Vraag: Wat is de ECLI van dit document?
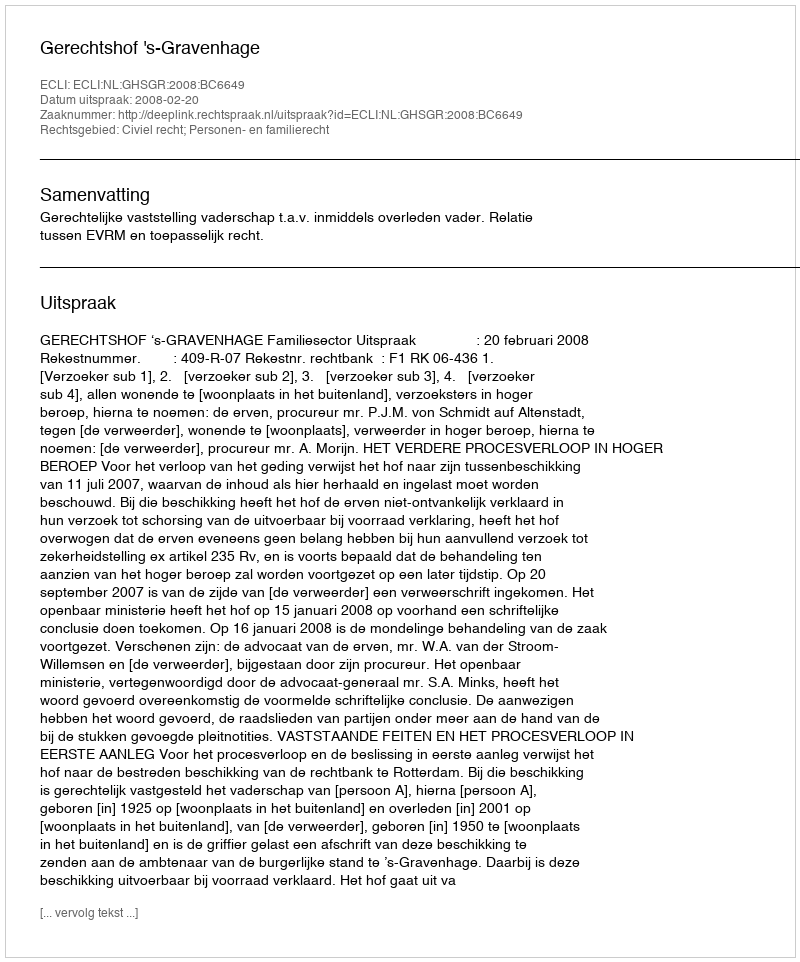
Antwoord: ECLI:NL:GHSGR:2008:BC6649